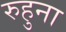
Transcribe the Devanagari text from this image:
रुहुना